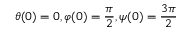
\theta ( 0 ) = 0 , \varphi ( 0 ) = \frac { \pi } { 2 } , \psi ( 0 ) = \frac { 3 \pi } { 2 }